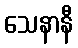
သေနာနီ